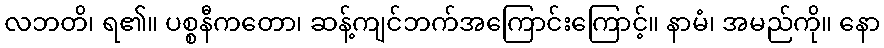
လဘတိ၊ ရ၏။ ပစ္စနီကတော၊ ဆန့်ကျင်ဘက်အကြောင်းကြောင့်။ နာမံ၊ အမည်ကို။ နော